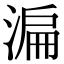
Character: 㴜